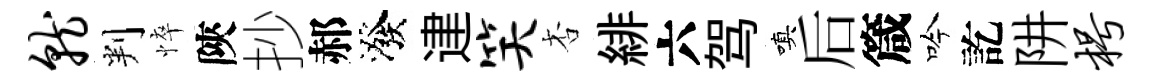
就判悴陝抄郝潑䢖笑杏緋六驾嗔后箴吟訖阱枵